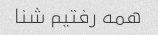
همه رفتیم شنا